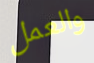
والعمل